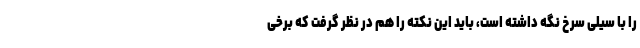
را با سیلی سرخ نگه داشته است، باید این نکته را هم در نظر گرفت که برخی